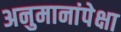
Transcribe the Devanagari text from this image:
अनुमानांपेक्षा